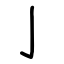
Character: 亅